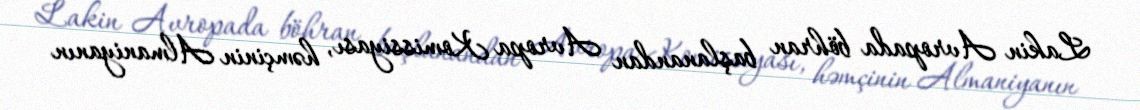
Lakin Avropada böhran başlanandan Avropa Komissiyası, həmçinin Almaniyanın